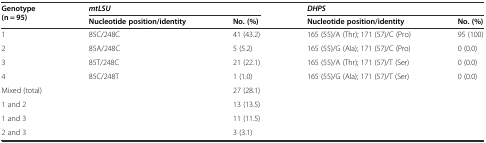
<table><thead><tr><td rowspan="2"><b>Genotype (n = 95)</b></td><td colspan="2"><b><i>mtLSU</i></b></td><td colspan="2"><b><i>DHPS</i></b></td></tr><tr><td><b>Nucleotide position/identity</b></td><td><b>No. (%)</b></td><td><b>Nucleotide position/identity</b></td><td><b>No. (%)</b></td></tr></thead><tbody><tr><td>1</td><td>85C/248C</td><td>41 (43.2)</td><td>165 (55)/A (Thr); 171 (57)/C (Pro)</td><td>95 (100)</td></tr><tr><td>2</td><td>85A/248C</td><td>5 (5.2)</td><td>165 (55)/G (Ala); 171 (57)/C (Pro)</td><td>0 (0.0)</td></tr><tr><td>3</td><td>85T/248C</td><td>21 (22.1)</td><td>165 (55)/A (Thr); 171 (57)/T (Ser)</td><td>0 (0.0)</td></tr><tr><td>4</td><td>85C/248T</td><td>1 (1.0)</td><td>165 (55)/G (Ala); 171 (57)/T (Ser)</td><td>0 (0.0)</td></tr><tr><td>Mixed (total)</td><td></td><td>27 (28.1)</td><td></td><td></td></tr><tr><td>1 and 2</td><td></td><td>13 (13.5)</td><td></td><td></td></tr><tr><td>1 and 3</td><td></td><td>11 (11.5)</td><td></td><td></td></tr><tr><td>2 and 3</td><td></td><td>3 (3.1)</td><td></td><td></td></tr></tbody></table>